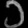
Digit: ၁